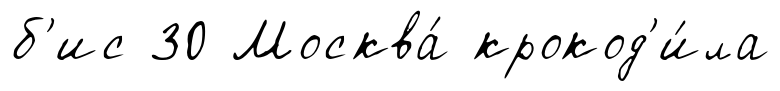
б'ис 30 Москва́ крокод'и́ла